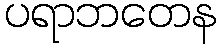
ပရာဘတေန